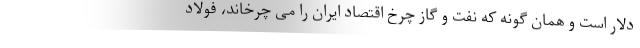
دلار است و همان گونه که نفت و گاز چرخ اقتصاد ایران را می چرخاند، فولاد